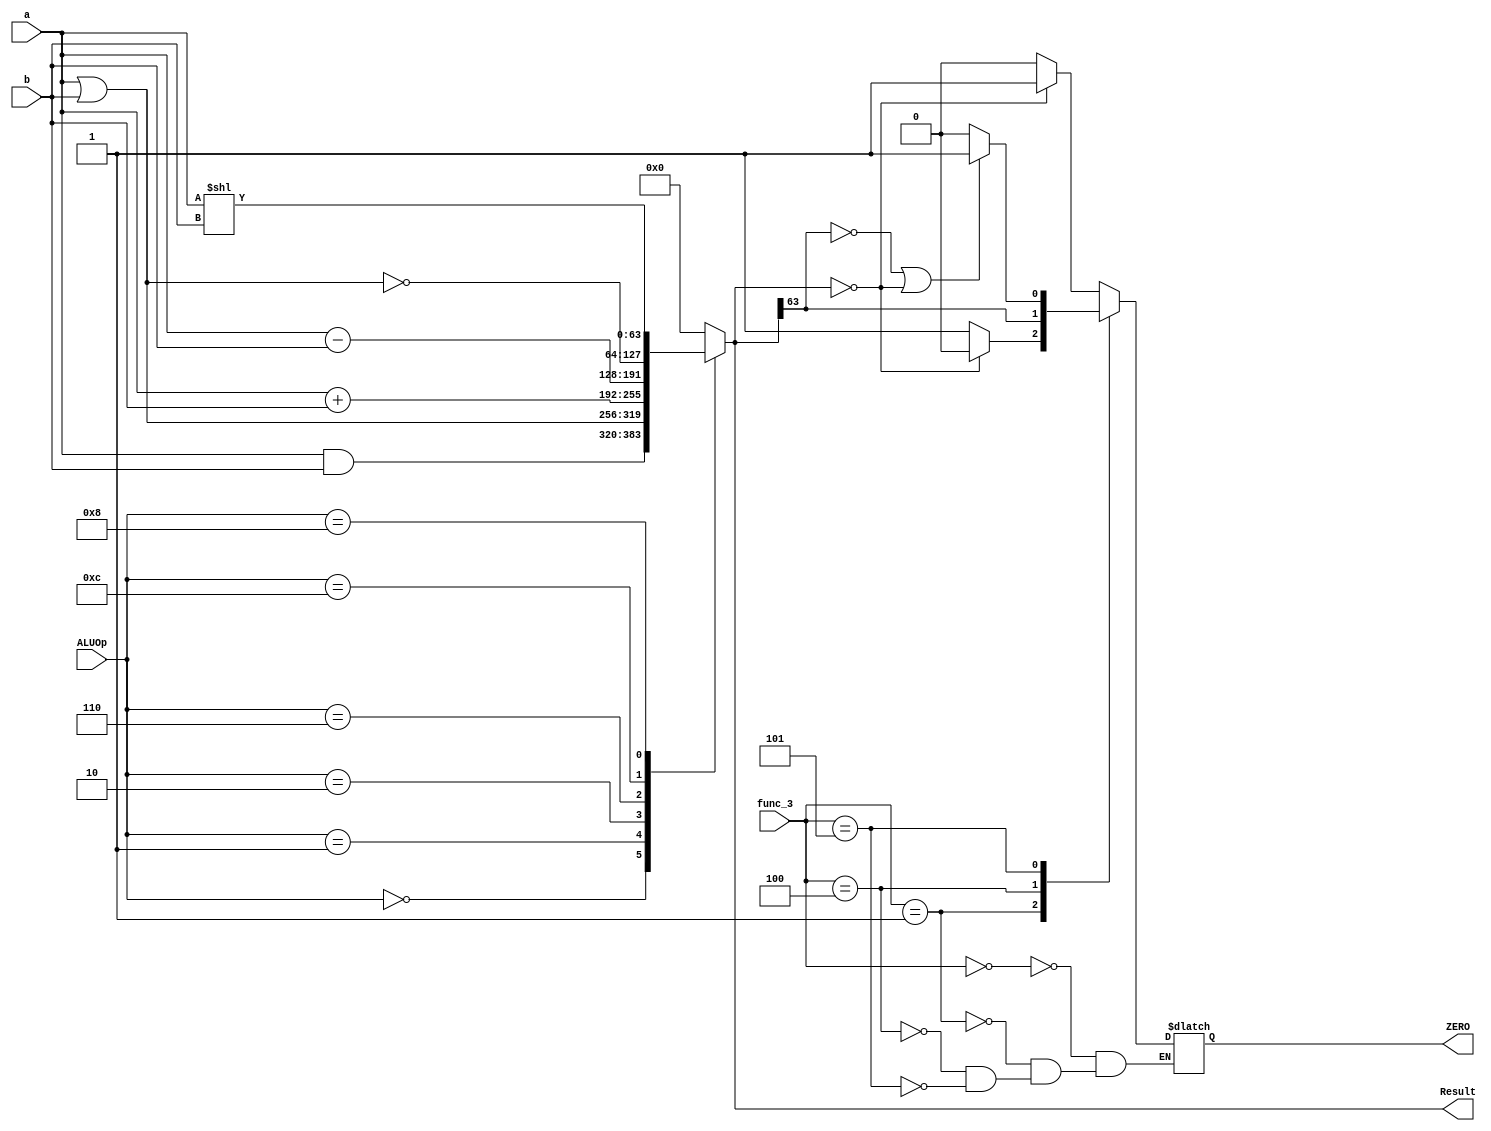
`timescale 1ns / 1ps
//////////////////////////////////////////////////////////////////////////////////
// Company: 
// Engineer: 
// 
// Design Name: 
// Module Name: ALU_64_bit
// Project Name: 
// Target Devices: 
// Tool Versions: 
// Description: 
// 
// Dependencies: 
// 
// Revision:
// Revision 0.01 - File Created
// Additional Comments:
// 
//////////////////////////////////////////////////////////////////////////////////


module ALU_64_bit
(
	input [63:0]a, b,
	input [3:0] ALUOp,
	input [2:0] func_3,
	output reg [63:0] Result,
	output reg ZERO
);

localparam [3:0]
AND = 4'b0000,
OR	= 4'b0001,
ADD	= 4'b0010,
Sub	= 4'b0110,
NOR = 4'b1100,
SLLI = 4'b1000;

localparam [2:0]
beq = 3'b000,
blt = 3'b100,
bge = 3'b101,
bne = 3'b001;

always @ (ALUOp, a, b)
begin
	case (ALUOp)
		AND: Result = a & b;
		OR:	 Result = a | b;
		ADD: Result = a + b;
		Sub: Result = a - b;
		NOR: Result = ~(a | b);
		SLLI: Result = a << b;
		default: Result = 0;
	endcase
	case (func_3)
	   beq:
	       ZERO = (Result == 64'h00000000) ? 1 : 0; //a and b are equal when the result is 0
	   bne:
	       ZERO = (Result == 64'h00000000) ? 0 : 1;  //a and b are unequal with result is 0 hence signal is 1
	   blt:
	       ZERO = (Result[63]); //if result[63] == 0, a > b; blt = 0;  
	   bge:
	       ZERO = (Result[63] == 0 || Result == 64'h00000000) ? 1 : 0; //either result[63] == 0; a > b or result is 0; a == b
	endcase
end
endmodule